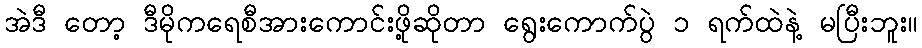
အဲဒီ တော့ ဒီမိုကရေစီအားကောင်းဖို့ဆိုတာ ရွေးကောက်ပွဲ ၁ ရက်ထဲနဲ့ မပြီးဘူး။